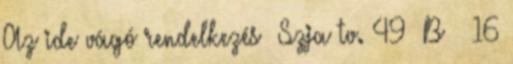
Az ide vágó rendelkezés Szja tv. 49 B § 16